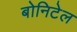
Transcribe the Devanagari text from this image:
बोनिटेल